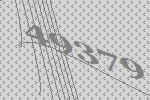
49379